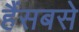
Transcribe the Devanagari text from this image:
हैंसबसे